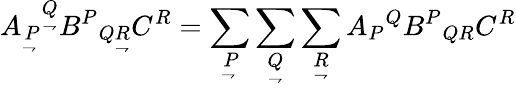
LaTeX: A_{\underset{\rightharpoondown}{P}}{}^{\underset{\rightharpoondown}{Q}}B^{P}{}_{Q{\underset{\rightharpoondown}{R}}}C^{R}=\sum_{\underset{\rightharpoondown}{P}}\sum_{\underset{\rightharpoondown}{Q}}\sum_{\underset{\rightharpoondown}{R}}A_{P}{}^{Q}B^{P}{}_{QR}C^{R}